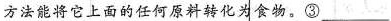
方法能将它上面的任何原料转化为食物。③___